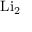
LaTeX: \operatorname { L i } _ { 2 }